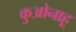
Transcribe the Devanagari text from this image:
कुओनाहू